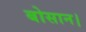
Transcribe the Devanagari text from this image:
बोसान।